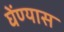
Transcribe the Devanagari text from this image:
घेंण्यास